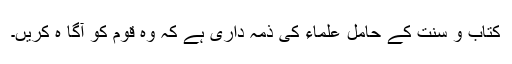
کتاب و سنت کے حامل علماء کی ذمہ داری ہے کہ وہ قوم کو آگا ہ کریں۔